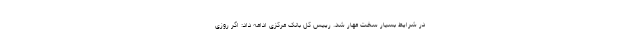
در شرایط بسیار سخت مهار شد. رییس کل بانک مرکزی ادامه داد: اگر روزی